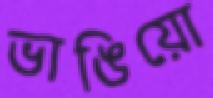
ভাঙিয়ো